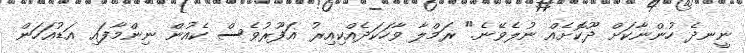
ނީނދެ ހުންނާކަށް ދޫކޮށެއް ނުލެވޭނެ." ރަމްލާ ވާހަކަދެއްކިއިރު ޣަފޫރުވެސް ކެއުން ނިންމާފައި އަޑުއަހަން